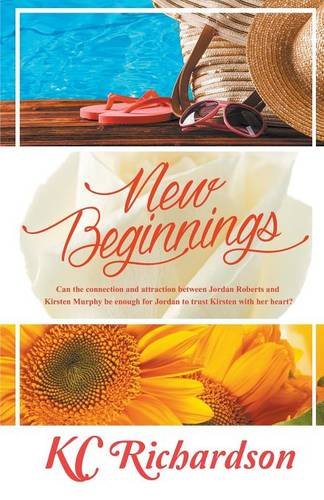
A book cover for New Beginnings; KC Richardson; Romance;